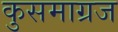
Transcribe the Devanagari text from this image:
कुसमाग्रज